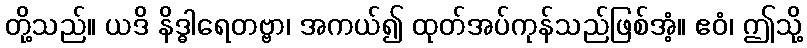
တို့သည်။ ယဒိ နိဒ္ဓါရေတဗ္ဗာ၊ အကယ်၍ ထုတ်အပ်ကုန်သည်ဖြစ်အံ့။ ဧဝံ၊ ဤသို့